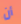
أن